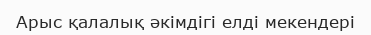
Арыс қалалық әкімдігі елді мекендері